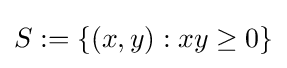
S:=\{(x,y):xy\geq 0\}